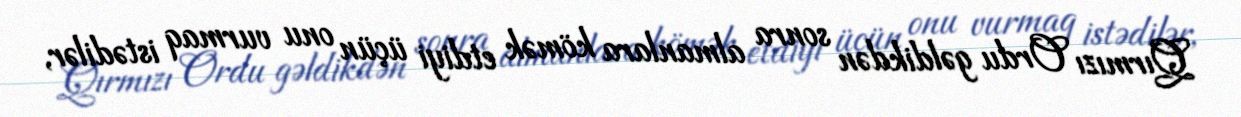
Qırmızı Ordu gəldikdən sonra almanlara kömək etdiyi üçün onu vurmaq istədilər,